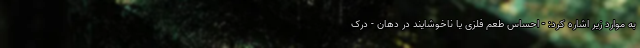
به موارد زیر اشاره کرد: - احساس طعم فلزی یا ناخوشایند در دهان - درک